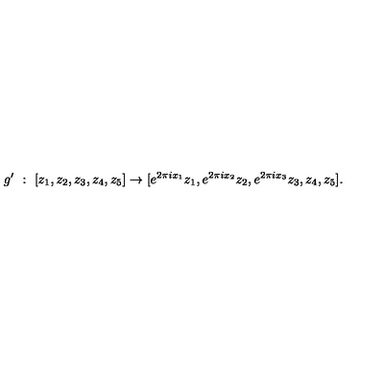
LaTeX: g ^ { \prime } \ : \ [ z _ { 1 } , z _ { 2 } , z _ { 3 } , z _ { 4 } , z _ { 5 } ] \rightarrow [ e ^ { 2 \pi i x _ { 1 } } { z _ { 1 } } , e ^ { 2 \pi i x _ { 2 } } { z _ { 2 } } , e ^ { 2 \pi i x _ { 3 } } { z _ { 3 } } , z _ { 4 } , z _ { 5 } ] .